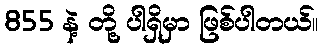
855 နဲ့ တို့ ပါရှိမှာ ဖြစ်ပါတယ်။